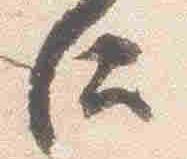
后